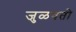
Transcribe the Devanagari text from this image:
जुळवतो